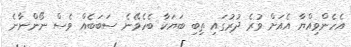
އެހެންވިއްޔާ އެއަށް ވުރެ ދުރުގައި ތިބި ބަޔަކާ ބެހެވޭނެ ސަބަބެއް ވެސް ނޯންނާނެ